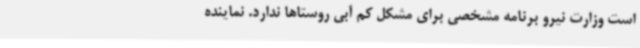
است وزارت نیرو برنامه مشخصی برای مشکل کم آبی روستاها ندارد. نماینده